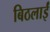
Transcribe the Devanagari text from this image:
बिठलाईं